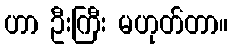
ဟာ ဦးကြီး မဟုတ်တာ။